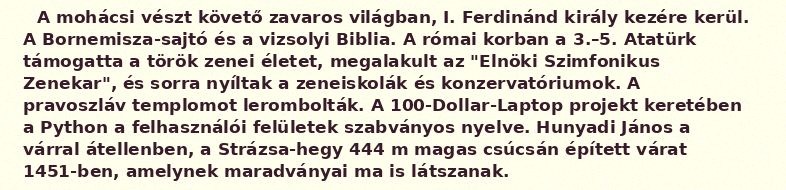
A mohácsi vészt követő zavaros világban, I. Ferdinánd király kezére kerül. A Bornemisza-sajtó és a vizsolyi Biblia. A római korban a 3.–5. Atatürk támogatta a török zenei életet, megalakult az "Elnöki Szimfonikus Zenekar", és sorra nyíltak a zeneiskolák és konzervatóriumok. A pravoszláv templomot lerombolták. A 100-Dollar-Laptop projekt keretében a Python a felhasználói felületek szabványos nyelve. Hunyadi János a várral átellenben, a Strázsa-hegy 444 m magas csúcsán épített várat 1451-ben, amelynek maradványai ma is látszanak.